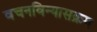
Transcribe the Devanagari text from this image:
वचनविन्यासक्रम